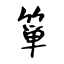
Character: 箪